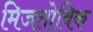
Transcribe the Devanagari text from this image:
मिजतोविक